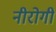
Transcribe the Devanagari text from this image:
नीरोगी